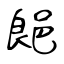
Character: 郒